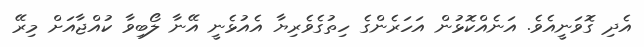
އެދި ގޮވަނީއެވެ. އަނެއްކޮޅުން އަހަރެންގެ ހިތުގެވެރިޔާ އެއުޅެނީ އޭނާ ލޯބިވާ ކުއްޖާއަށް މިރޭ